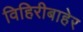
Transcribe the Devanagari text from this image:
विहिरीबाहेर